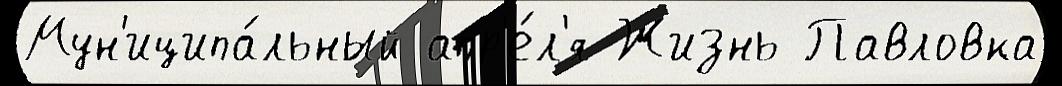
Мун'иципа́льный апр'е́л'я Жизнь Павловка